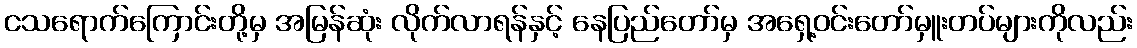
ငသရောက်ကြောင်းတို့မှ အမြန်ဆုံး လိုက်လာရန်နှင့် နေပြည်တော်မှ အရှေ့ဝင်းတော်မှူးတပ်များကိုလည်း